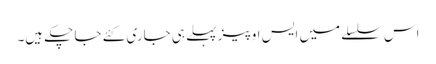
اس سلسلے میں ایس او پیز پہلے ہی جاری کئے جا چکے ہیں۔